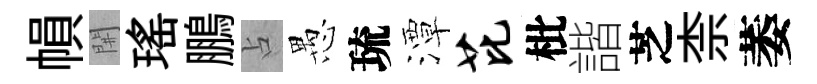
𢄙𨳩瑤鵬占愚琉潭芘枇諧芝柰萎